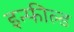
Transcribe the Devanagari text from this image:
इन्फील्ड